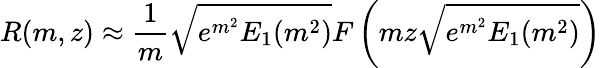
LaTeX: R(m,z)\approx\frac{1}{m}\sqrt{e^{m^{2}}E_{1}(m^{2})}F\left(mz\sqrt{e^{m^{2}}E_{1}(m^{2})}\right)